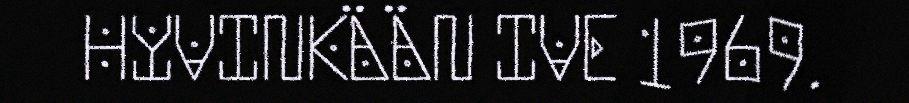
HYVINKÄÄN IVE 1969.